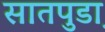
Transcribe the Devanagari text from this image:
सातपुडा़